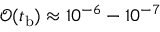
\mathcal { O } ( t _ { \mathrm b } ) \approx 1 0 ^ { - 6 } - 1 0 ^ { - 7 }